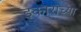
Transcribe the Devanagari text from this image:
इकाराच्या